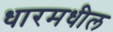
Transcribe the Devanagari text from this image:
धारमधील